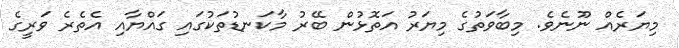
މިޔަރެއް ނޫނެވެ. މިބާވަތުގެ މިޔަރު އަތޮޅުން ބޭރު މާކަނޑުތަކުގައި ގައްޔާއި އެތެރެ ވަރީގެ